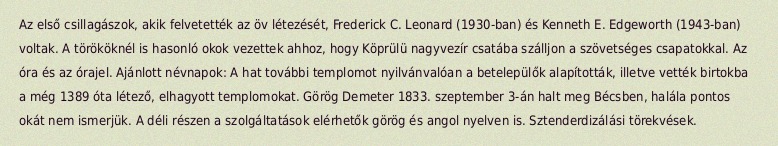
Az első csillagászok, akik felvetették az öv létezését, Frederick C. Leonard (1930-ban) és Kenneth E. Edgeworth (1943-ban) voltak. A törököknél is hasonló okok vezettek ahhoz, hogy Köprülü nagyvezír csatába szálljon a szövetséges csapatokkal. Az óra és az órajel. Ajánlott névnapok: A hat további templomot nyilvánvalóan a betelepülők alapították, illetve vették birtokba a még 1389 óta létező, elhagyott templomokat. Görög Demeter 1833. szeptember 3-án halt meg Bécsben, halála pontos okát nem ismerjük. A déli részen a szolgáltatások elérhetők görög és angol nyelven is. Sztenderdizálási törekvések.